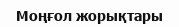
Моңғол жорықтары